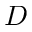
D